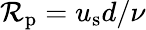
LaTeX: \mathcal{R}_{\mathrm{p}}=u_{\mathrm{s}}d/\nu